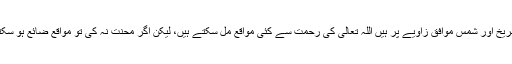
سیارہ مریخ اور شمس موافق زاویے پر ہیں اللہ تعالی کی رحمت سے کئی مواقع مل سکتے ہیں، لیکن اگر محنت نہ کی تو مواقع ضائع ہو سکتے ہیں۔